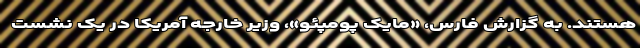
هستند. به گزارش فارس، «مایک پومپئو»، وزیر خارجه آمریکا در یک نشست